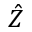
\hat { Z }